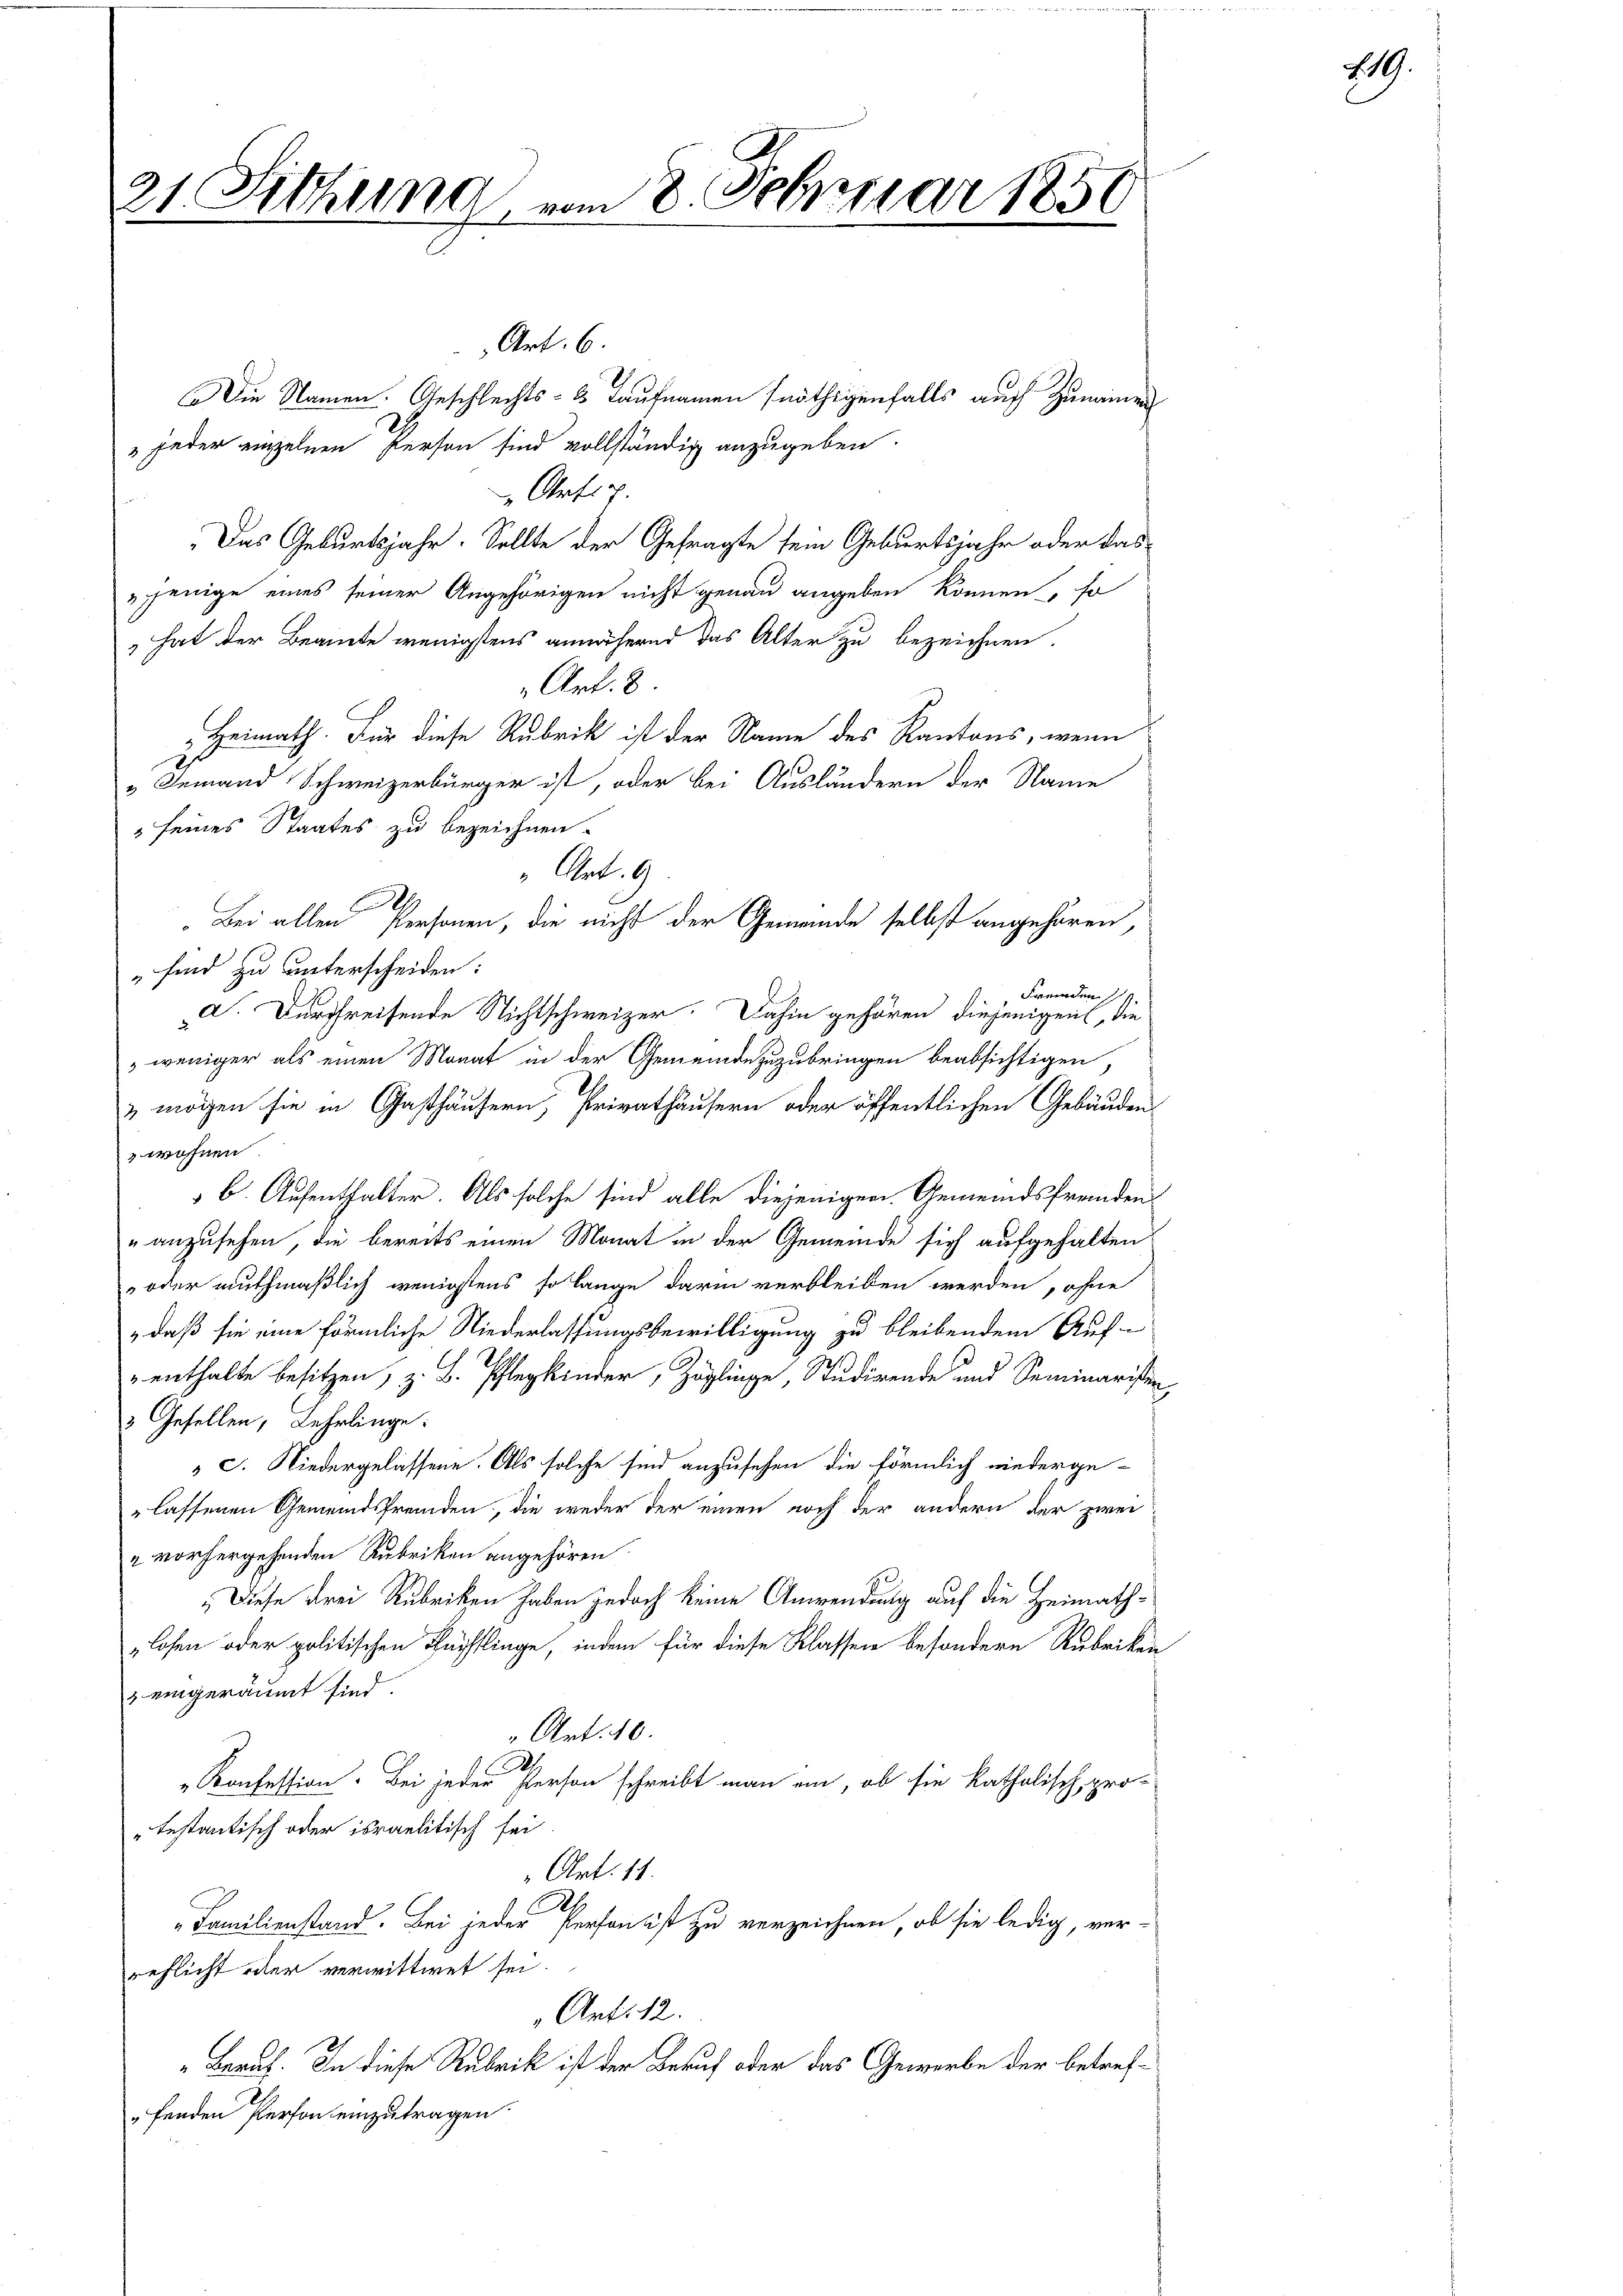
Die Namen. Geschlechts- & Taufnamen nöthigenfalls auch Zuneinen
jeder einzelnen Person sind vollständig anzugeben.
Ortig.
Das Geburtsjahr. Sollte der Gefragte sein Geburtsjahr oder das
jenige eines seiner Angehörigen nicht genau angeben können, so
,hat der Beamte wenigstens annähernd das Alter zu bezeichnen.
Art. 8
Heimath. Für diese Rubrik ist der Name des Kantons, wenn
„Jemand Schweizerbürger ist, oder bei Ausländern der Name
 seines Staates zu bezeichnen.
" Art. 9
9
„Bei allen Personen, die nicht der Gemeinde selbst angehören,
„sind zu unterscheiden:
Fremden
d. Durchreifende Nichtschweizer. Dahin gehören diejenigen, die
weniger als einen Monat in der Gemeinde zuzubringen beabsichtigen,
E
& mögen sie in Gasthäusern, Privathäusern oder öffentlichen Gebäuden
wohnen
b. Aufenthalter. Als solche sind alle diejenigen. Gemeindsfremden
" anzusehen, die bereits einen Monat in der Gemeinde sich aufgehalten
oder muthmaßlich wenigstens so lange darin verbleiben werden, ohne
,daß sie eine förmliche Niederlassungsbewilligung zu bleibendem Auf-
enthalte besitzen, z. B. Pflegkinder, Zöglinge, Studirende und Seminaristen
3 Gesellen, Lehrlinge:
c. Niedergelassene. Als solche sind anzusehen die förmlich wiederge-
lassenen Gemeindsfremden, die weder der einen noch der andern der zwei
" vorhergehenden Rubriken angehören.
Diese Frei Rubriken haben jedoch keine Anwendung auf die Heimath¬
„losen oder politischen Buchflinge, indem für diese Klassen besondere Rubriken
 eingeräumt sind.
Art. 10.
Konfession. Bei jeder Person schreibt man ein, ob sie katholisch, pro-
" testantisch oder israelitisch sei
Art. 11.
d
„Familienstand. Bei jeder Person ist zu verzeichnen, ob sie ledig, ver-
reflicht oder verwittwet sei.
Art. 12.
Beruf. In diese Rubrik ist der Beruf oder das Gewerbe der betreffenden Person einzutragen

Februar 1850
21 Fithum
V. vom 8.
e

Art. 6.

219.